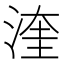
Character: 𪶙